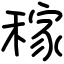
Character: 稼